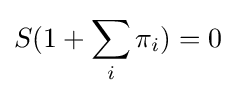
S(1+\sum _{i}\pi _{i})=0